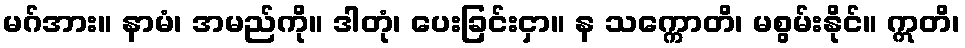
မဂ်အား။ နာမံ၊ အမည်ကို။ ဒါတုံ၊ ပေးခြင်းငှာ။ န သက္ကောတိ၊ မစွမ်းနိုင်။ ဣတိ၊